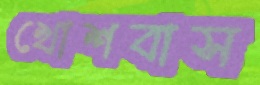
খোশবাস